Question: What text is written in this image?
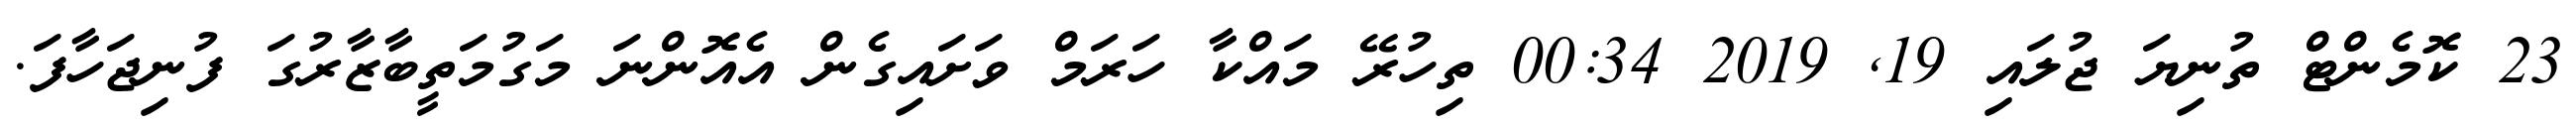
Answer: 23 ކޮމެންޓް ތުނިޔަ ޖުލައި 19, 2019 00:34 ތިހުރޭ މައްކާ ހަރަމް ވަށައިގެން އެއޮންނަ މަގުމަތީބާޒާރުގަ ފުނިޖަހާފަ.